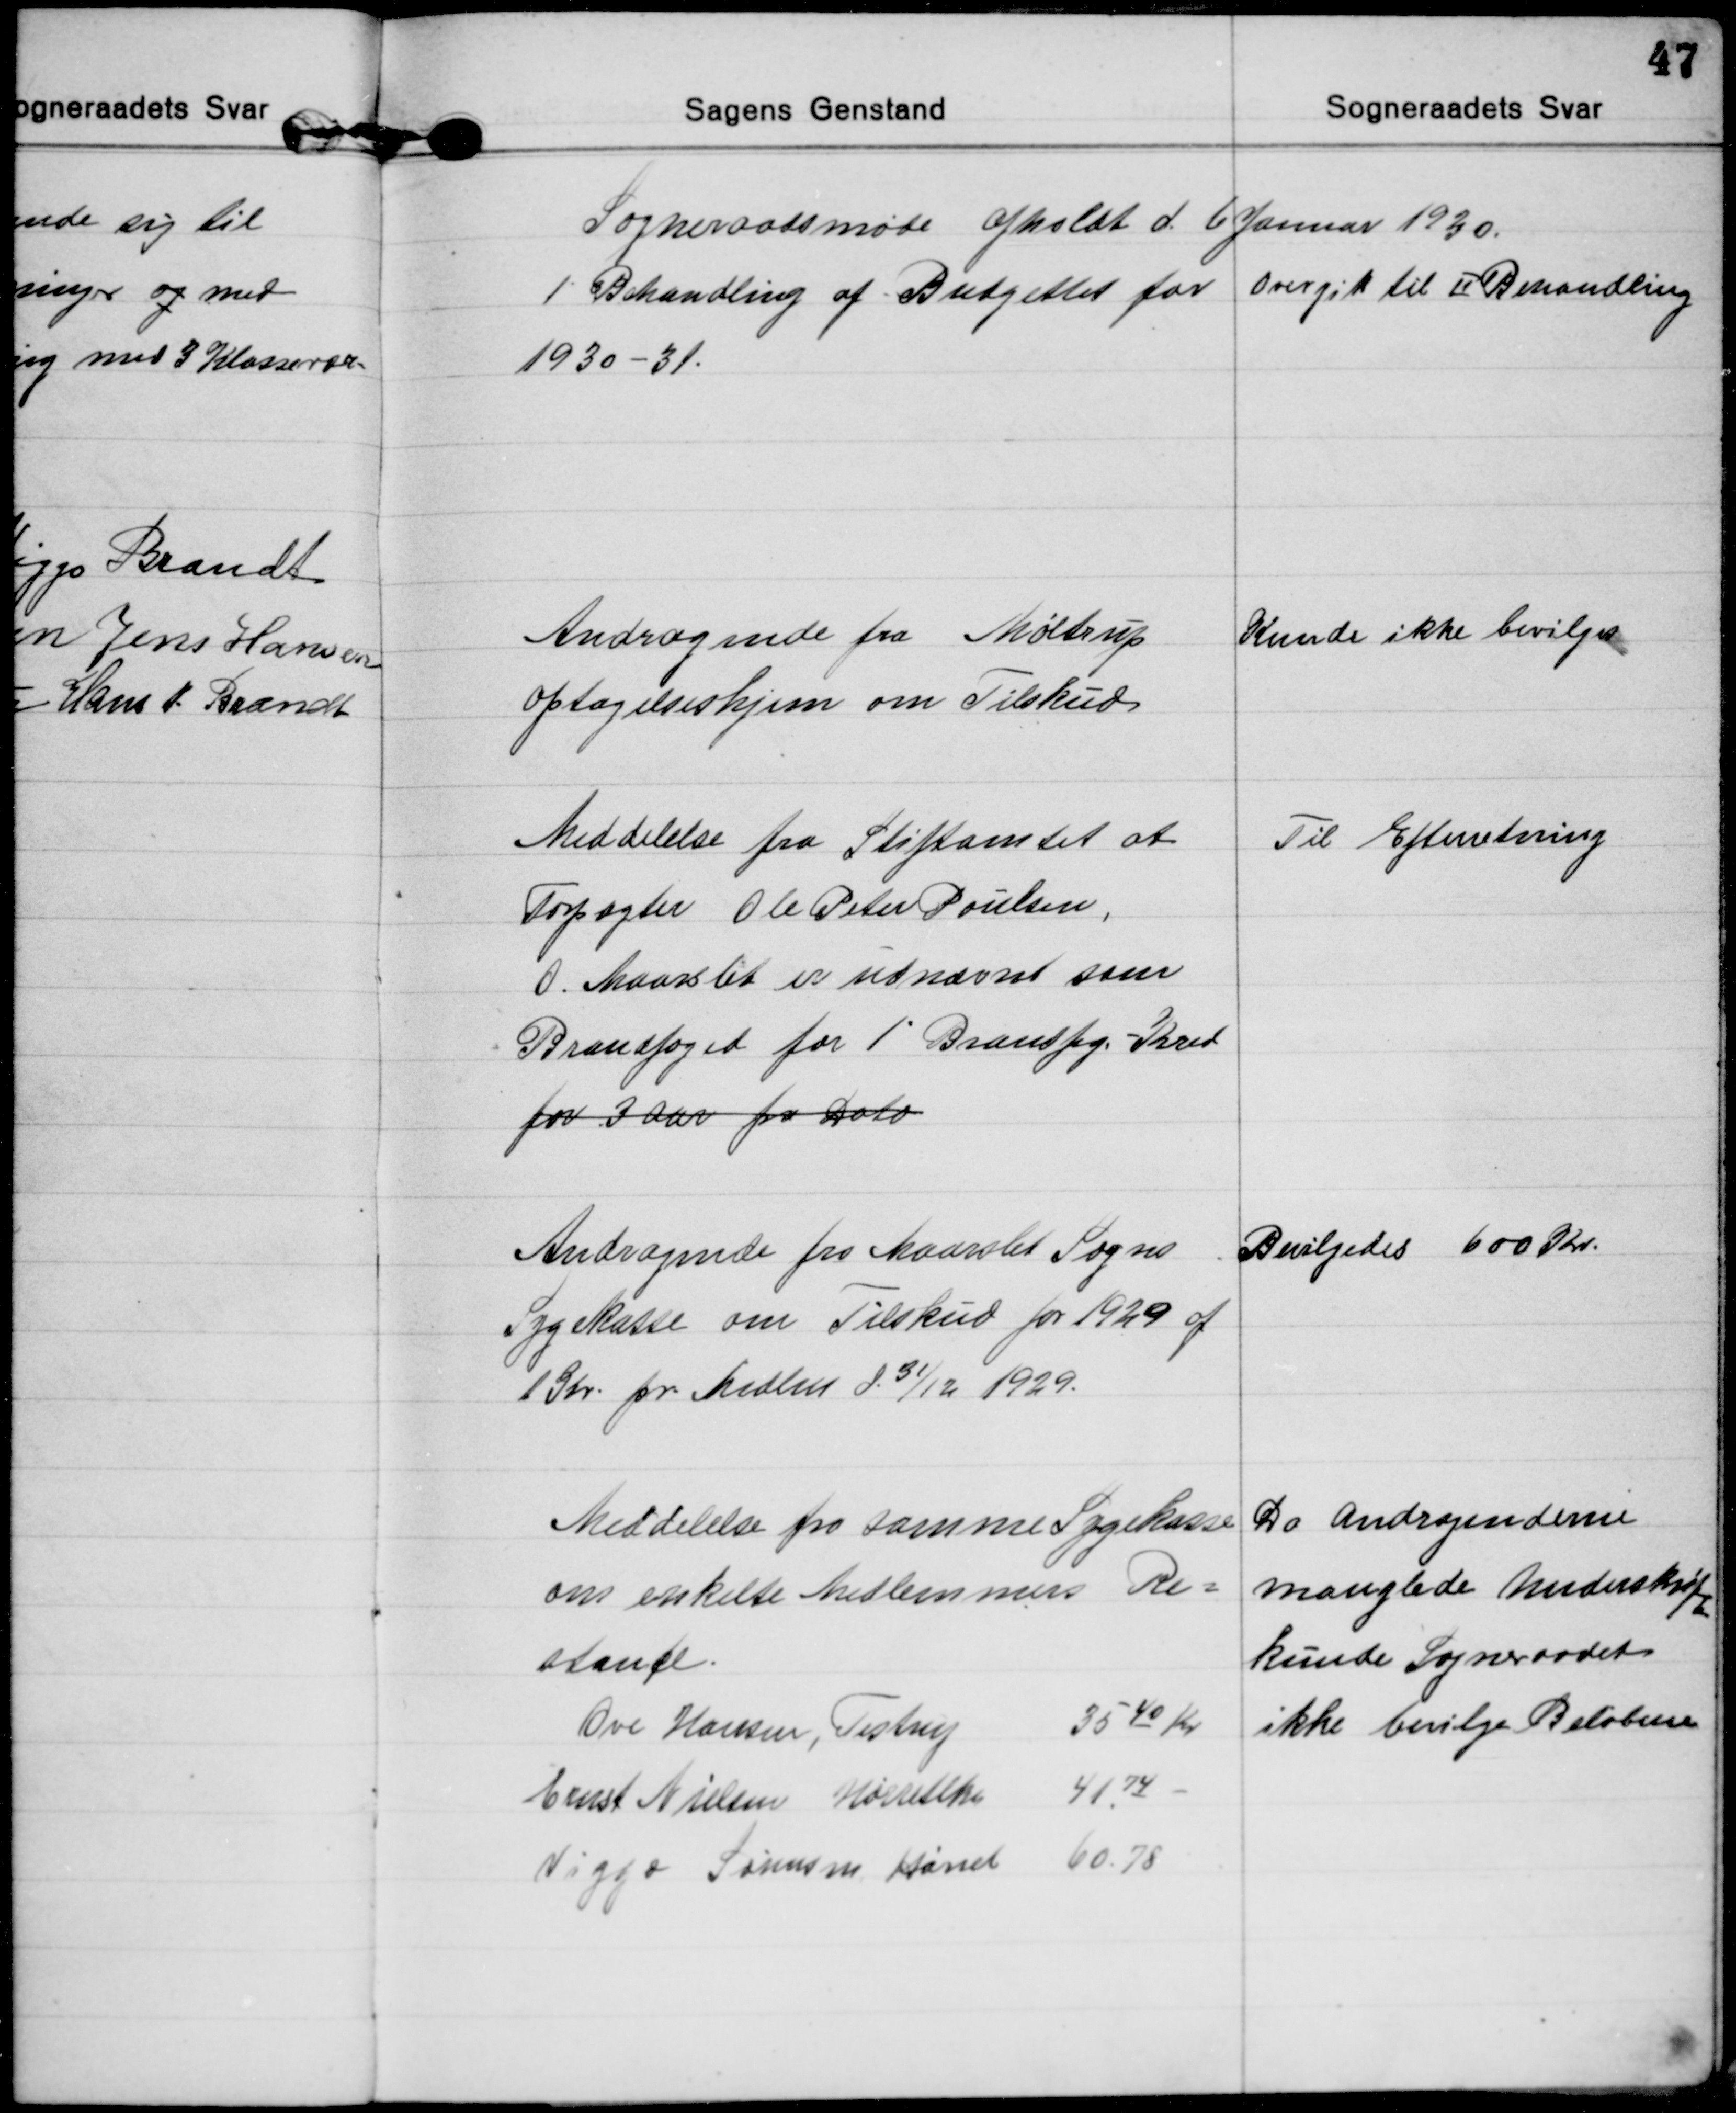
Transskription:
Sogneraadsmøde afholdt d. 6 Januar 1930.

1. Behandling af Budgettet for
1930-31.
Overgik til II Behandling

Andragende fra Møldrup
optagelseshjem om Tilskud
Kunde ikke bevilges

Meddelelse fra Stiftamtet at
Forpagter Ole Peter Poulsen,
O. Maarslet er udnævnt som
Brandfoged for 1' Brandfg. Kred
for 3 Aar fra Dato
Til Efterretning

Andragende fra Maarslet Sogns
Sygekasse om Tilskud for 1929 af
1 Kr pr Medlem d. 31/12 1929.
Bevilgedes 600 Kr.

Meddelelse fra samme Sygekasse
om enkelte Medlemmers Re=
stance.
Ove Hansen, Testrup 
35 40 Kr
Ernst Nielsen Hørretlk. 
41. 74 
Viggo Sørensen Hørret 
60.78
Da Andragenderne
manglede Underskrif
t
kunde Sogneraadet
ikke bevilge Beløbene